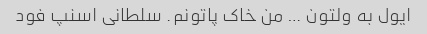
ایول به ولتون … من خاک پاتونم. سلطانی اسنپ فود